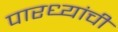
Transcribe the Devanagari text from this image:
पारध्यांची